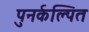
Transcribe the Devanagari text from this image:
पुनर्कल्पित